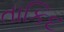
તાકિદ